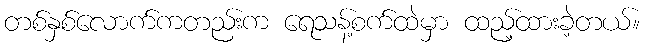
တစ်နှစ်လောက်ကတည်းက ရေသန့်စက်ထဲမှာ ထည့်ထားခဲ့တယ်။